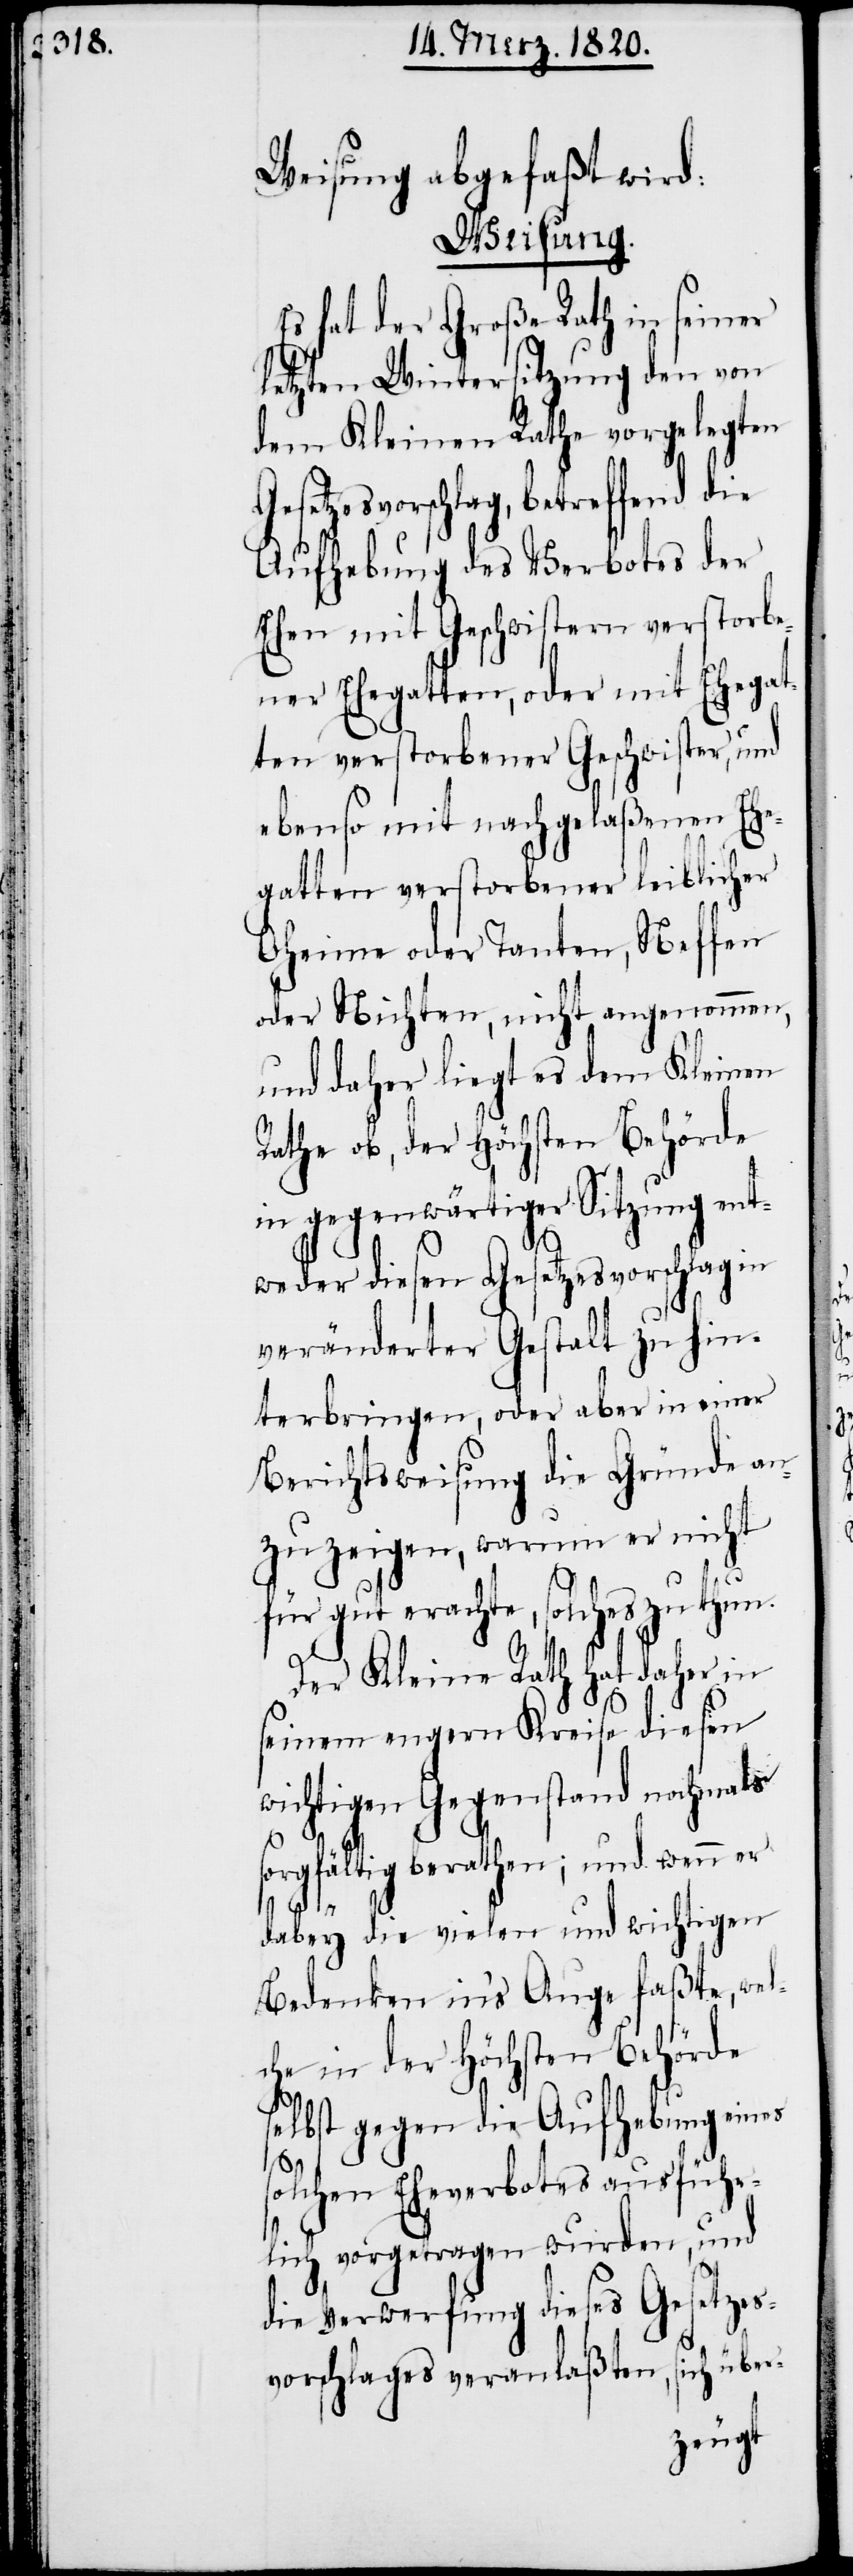
Weisung abgefaßt wird:
Weisung.
hat der Große Rath in seiner
letzten Wintersitzung den von
dem Kleinen Rathe vorgelegten
Gesetzesvorschlag, betreffend die
Aufhebung des Verbotes der
Ehen mit Geschwistern verstorbe¬
ner Ehegatten, oder mit Ehegat¬
ten verstorbener Geschwister, und
ebenso mit nachgelaßenen Ehe¬
gatten verstorbener leiblicher
Oheime oder Tanten, Neffen
oder Nichten, nicht angenommen,
und daher liegt es dem Kleinen
Rathe ob, der Höchsten Behörde
in gegenwärtiger Sitzung ent¬
weder diesen Gesetzesvorschlag in
veränderter Gestalt zu hin¬
terbringen, oder aber in einer
Berichtsweisung die Gründe an¬
zuzeigen, warum er nicht
für gut erachte, solches zu thu¬
n.
Der Kleine Rath hat daher in
seinem engern Kreise diesen
wichtigen Gegenstand nochmals
sorgfältig berathen; und wenn er
dabey die vielen und wichtigen
Bedenken in’s Auge faßte, wel¬
che in der Höchsten Behörde
selbst gegen die Aufhebung eines
solchen Eheverbotes ausführ¬
lich vorgetragen wurden, und
die Verwerfung dieses Gesetzes¬
vorschlages veranlaßten, sich über-